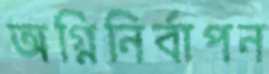
অগ্নিনির্বাপন